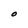
Character: O